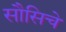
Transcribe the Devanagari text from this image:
सौसिचे